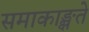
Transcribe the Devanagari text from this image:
समाकाङ्क्षते